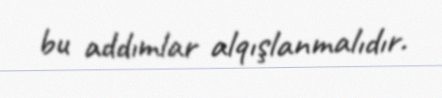
bu addımlar alqışlanmalıdır.